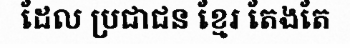
ដែល ប្រជាជន ខ្មែរ តែងតែ